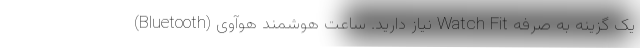
(Bluetooth) نیاز دارید. ساعت هوشمند هوآوی Watch Fit یک گزینه به صرفه